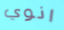
انوي